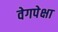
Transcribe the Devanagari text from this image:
वेगपेक्षा